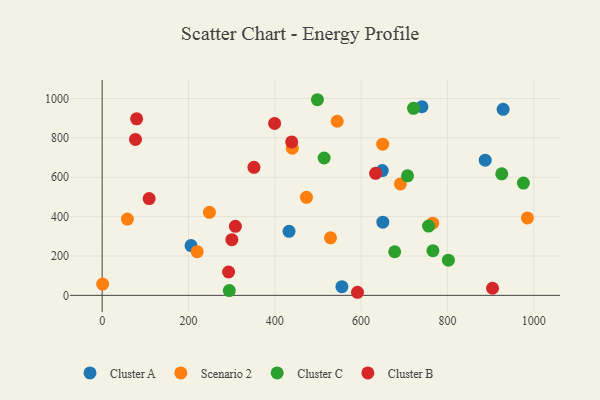
{"axis": {"x": "Speed", "y": "Demand"}, "legend": ["Cluster A", "Cluster B", "Cluster C", "Scenario 2"], "data": [{"x": "650.3", "y": 371.8, "type": "Cluster A"}, {"x": "206.0", "y": 252.9, "type": "Cluster A"}, {"x": "929.0", "y": 945.1, "type": "Cluster A"}, {"x": "741.0", "y": 958.2, "type": "Cluster A"}, {"x": "433.0", "y": 325.5, "type": "Cluster A"}, {"x": "887.5", "y": 686.6, "type": "Cluster A"}, {"x": "649.1", "y": 633.9, "type": "Cluster A"}, {"x": "555.5", "y": 44.2, "type": "Cluster A"}, {"x": "1.1", "y": 57.3, "type": "Scenario 2"}, {"x": "248.5", "y": 421.8, "type": "Scenario 2"}, {"x": "691.0", "y": 565.9, "type": "Scenario 2"}, {"x": "544.6", "y": 884.5, "type": "Scenario 2"}, {"x": "473.4", "y": 497.8, "type": "Scenario 2"}, {"x": "650.0", "y": 767.9, "type": "Scenario 2"}, {"x": "58.5", "y": 387.7, "type": "Scenario 2"}, {"x": "440.6", "y": 747.5, "type": "Scenario 2"}, {"x": "220.1", "y": 221.8, "type": "Scenario 2"}, {"x": "529.1", "y": 292.1, "type": "Scenario 2"}, {"x": "985.2", "y": 393.4, "type": "Scenario 2"}, {"x": "765.8", "y": 366.9, "type": "Scenario 2"}, {"x": "721.4", "y": 950.1, "type": "Cluster C"}, {"x": "498.7", "y": 993.9, "type": "Cluster C"}, {"x": "514.3", "y": 697.7, "type": "Cluster C"}, {"x": "707.5", "y": 607.5, "type": "Cluster C"}, {"x": "766.4", "y": 227.2, "type": "Cluster C"}, {"x": "975.9", "y": 570.3, "type": "Cluster C"}, {"x": "802.2", "y": 178.9, "type": "Cluster C"}, {"x": "294.6", "y": 24.0, "type": "Cluster C"}, {"x": "677.8", "y": 221.6, "type": "Cluster C"}, {"x": "756.3", "y": 352.0, "type": "Cluster C"}, {"x": "925.9", "y": 617.4, "type": "Cluster C"}, {"x": "351.7", "y": 650.2, "type": "Cluster B"}, {"x": "308.7", "y": 350.6, "type": "Cluster B"}, {"x": "300.5", "y": 283.1, "type": "Cluster B"}, {"x": "292.9", "y": 118.7, "type": "Cluster B"}, {"x": "439.1", "y": 779.4, "type": "Cluster B"}, {"x": "77.2", "y": 792.3, "type": "Cluster B"}, {"x": "108.9", "y": 491.5, "type": "Cluster B"}, {"x": "633.6", "y": 620.1, "type": "Cluster B"}, {"x": "399.6", "y": 873.4, "type": "Cluster B"}, {"x": "904.5", "y": 36.0, "type": "Cluster B"}, {"x": "79.9", "y": 896.8, "type": "Cluster B"}, {"x": "591.6", "y": 15.6, "type": "Cluster B"}]}